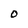
Character: o